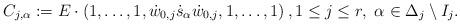
LaTeX: \begin{align*}C_{j,\alpha}:=E\cdot\left(1,\dots,1,\dot{w}_{0,j} \dot{s}_{\alpha} \dot{w}_{0,j},1,\dots,1\right), 1\leq j \leq r, \ \alpha \in \Delta_j \setminus I_j.\end{align*}